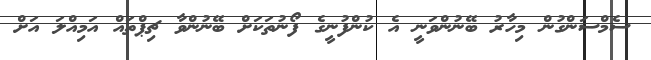
ސެމްސަންގުން މިހާރު ބޭނުންވަނީ އެ ކުންފުނީގެ ފޯނުތަކަށް ބޭނުންވާ ޗިޕްތައް އަމިއްލަ އަށް